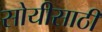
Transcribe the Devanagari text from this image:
सोयीसाठीं